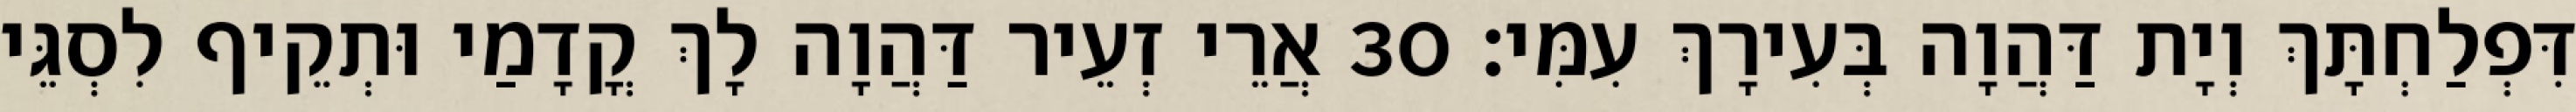
דִּפְלַחְתָּךְ וְיָת דַּהֲוָה בְּעִירָךְ עִמִּי׃ 30 אֲרֵי זְעֵיר דַּהֲוָה לָךְ קֳדָמַי וּתְקֵיף לִסְגֵּי